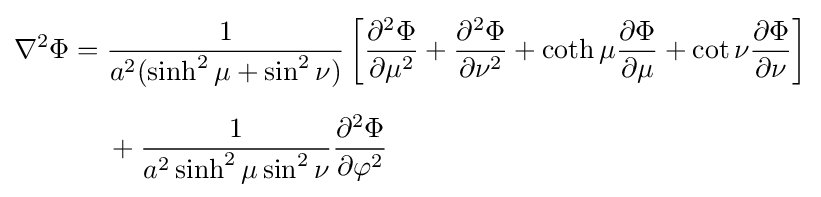
{\begin{aligned}\nabla ^{2}\Phi ={}&{\frac {1}{a^{2}(\sinh ^{2}\mu +\sin ^{2}\nu )}}\left[{\frac {\partial ^{2}\Phi }{\partial \mu ^{2}}}+{\frac {\partial ^{2}\Phi }{\partial \nu ^{2}}}+\coth \mu {\frac {\partial \Phi }{\partial \mu }}+\cot \nu {\frac {\partial \Phi }{\partial \nu }}\right]\\[6pt]&{}+{\frac {1}{a^{2}\sinh ^{2}\mu \sin ^{2}\nu }}{\frac {\partial ^{2}\Phi }{\partial \varphi ^{2}}}\end{aligned}}